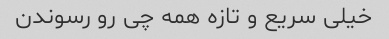
خیلی سریع و تازه همه چی رو رسوندن